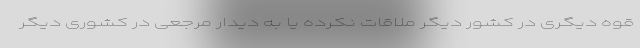
قوه دیگری در کشور دیگر ملاقات نکرده یا به دیدار مرجعی در کشوری دیگر